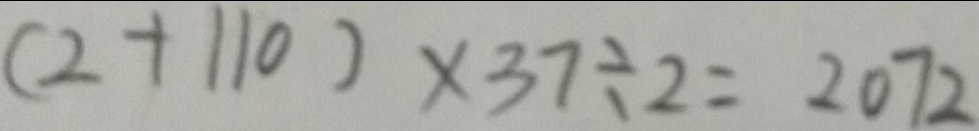
( 2 + 1 1 0 ) \times 3 7 \div 2 = 2 0 7 2